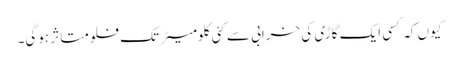
کیوں کہ کسی ایک گاڑی کی خرابی سے کئی کلومیٹر تک فلو متاثر ہوگی۔